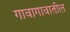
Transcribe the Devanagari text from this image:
गावागावातील